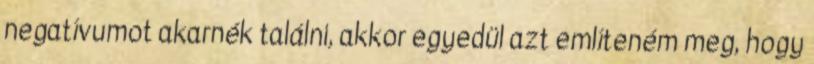
negatívumot akarnék találni, akkor egyedül azt említeném meg, hogy